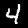
Digit: 4